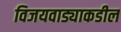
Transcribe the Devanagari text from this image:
विजयवाड्याकडील